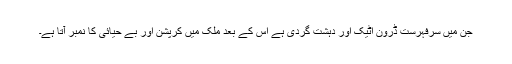
جن میں سرفہرست ڈرون اٹیک اور دہشت گردی ہے اس کے بعد ملک میں کرپشن اور بے حیائی کا نمبر آتا ہے۔